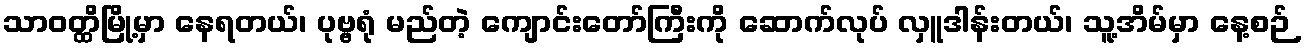
သာဝတ္ထိမြို့မှာ နေရတယ်၊ ပုဗ္ဗရုံ မည်တဲ့ ကျောင်းတော်ကြီးကို ဆောက်လုပ် လှူဒါန်းတယ်၊ သူ့အိမ်မှာ နေ့စဉ်